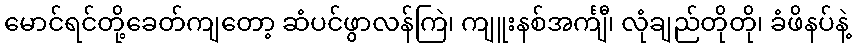
မောင်ရင်တို့ခေတ်ကျတော့ ဆံပင်ဖွာလန်ကြဲ၊ ကျူးနစ်အင်္ကျီ၊ လုံချည်တိုတို၊ ခံဖိနပ်နဲ့